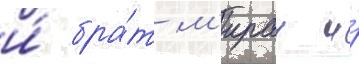
и́ бра́т м'ираи и́